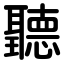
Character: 聽